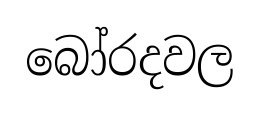
බෝරදවල